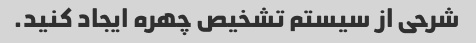
شرحی از سیستم تشخیص چهره ایجاد کنید.